Report on the lunatic asylums under the Government of Bombay - 1904-1913
Year: 1904
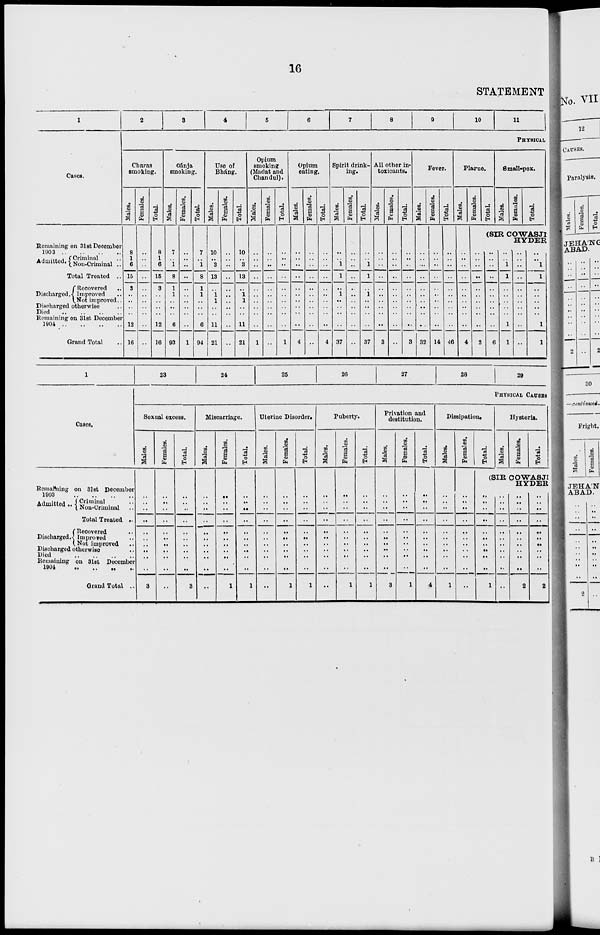
16
STATEMENT
1
Cases.
Remaining on 31st December
1903 .. .. .. ..
Admitted. Criminal ..
Non-Criminal ..
Total Treated ..
Discharged
Recovered
. .
Improved ..
Not improved ..
Discharged otherwise ..
Died .. .. .. ..
Remaining on 31st December
1904 .. .. .. .. ..
Grand Total ..
2
3
4
5
6
7
8
9
10
11
PHYSICAL
Charas
smoking.
Males.
8
1
6
15
3
..
..
..
..
12
16
Females.
..
. .
..
..
..
..
..
..
..
..
..
Total.
8
1
6
15
3
..
..
..
..
12
16
Gánja
smoking.
Males.
7
..
1
8
1
1
..
..
..
6
93
Females.
..
..
..
..
..
. .
..
..
..
..
1
Total.
7
..
1
8
1
1
..
..
..
6
94
Use Of
Bháng.
Males.
10
..
3
13
..
1
1
..
..
11
21
Females.
..
..
..
. .
..
..
..
..
..
..
..
Total.
10
..
3
13
..
1
1
..
..
11
21
Opium
smoking
(Madat and
Chandul).
Males.
..
..
..
..
..
..
..
..
..
..
1
Females.
..
..
..
..
..
..
..
..
..
..
..
Total.
..
..
..
..
..
..
..
..
..
..
1
Opium
eating.
Males.
..
..
..
..
..
..
..
..
..
..
4
Females.
..
..
..
..
..
..
..
..
..
..
..
Total.
..
..
..
..
..
..
..
..
..
..
4
Spirit drink-
ing.
Males.
..
..
1
1
..
1
..
..
..
..
37
Females.
..
..
..
..
..
..
..
..
..
..
..
Total.
..
..
1
1
..
1
..
..
..
..
37
All other in-
toxicants.
Males.
..
..
..
..
..
..
..
..
..
..
3
Females.
..
..
..
..
..
..
..
..
..
..
..
Total.
..
..
..
..
..
..
..
..
..
..
3
Fever.
Males.
..
..
..
..
..
..
..
. .
..
..
32
Females.
..
..
..
..
..
..
..
..
..
..
14
Total.
..
..
..
..
..
..
..
..
..
..
46
Plague.
Males.
..
..
..
..
..
..
..
..
..
..
4
Females.
..
..
..
..
..
..
..
..
..
..
2
Total.
Small-pox.
Males.
Females.
Total.
(SIR COWASJI
HYDER
..
..
..
..
..
..
..
..
..
..
6
..
..
1
1
..
..
..
..
..
1
1
..
..
..
..
..
..
..
..
..
. .
..
..
1
1
..
..
..
..
..
1
1
1
Cases.
Remaining on 31st December
1903
..
..
..
..
Admitted .. Criminal ..
Non-Criminal
Total Treated ..
Discharged.
Recovered ..
Improved ..
Not improved ..
Discharged otherwise ..
Died .. .. .. ..
Remaining on 31st December
1904 .. .. .. ..
Grand Total ..
23
24
25
26
27
28
29
PHYSICAL CAUSES
Sexual excess.
Males.
..
..
..
..
..
..
..
..
..
..
3
Females.
..
..
..
..
..
..
..
..
..
..
..
Total.
..
..
..
..
..
..
..
..
..
..
3
Miscarriage.
Hales.
..
..
..
..
..
..
..
..
..
..
..
Females.
..
..
..
..
..
..
..
..
..
..
1
Total.
..
..
. .
..
..
..
..
..
..
..
1
Uterine Disorder.
Males.
..
..
..
..
..
..
..
..
..
..
..
Females.
..
..
..
..
..
..
..
..
..
..
1
Total.
..
..
..
. .
..
..
..
..
..
..
1
Puberty.
Males.
..
..
..
..
..
..
..
..
..
..
Females.
..
..
..
..
..
..
. .
..
..
..
1
Total.
..
..
..
..
..
..
..
..
..
..
1
Privation and
destitution.
Males.
..
..
..
..
..
..
. .
..
..
..
3
Females.
..
. .
..
..
..
..
. .
. .
..
..
1
Total.
..
..
..
..
..
..
..
..
..
..
4
Dissipation.
Males.
..
..
..
..
..
..
..
..
..
..
1
Females.
..
. .
..
. .
..
..
..
..
..
..
..
Total.
Hysteria.
Males.
Females.
Total.
(SIR COWASJI
HYDER
..
..
..
..
..
..
..
..
..
..
1
..
..
..
. .
..
..
..
..
..
..
..
..
..
..
..
..
..
..
..
..
..
2
..
..
..
..
..
..
..
..
..
..
2